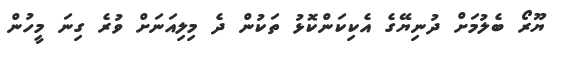
ޔޫރޯ ބެލުމަށް ދުނިޔޭގެ އެކިކަންކޮޅު ތަކުން ދެ މިލިއަނަށް ވުރެ ގިނަ މީހުން